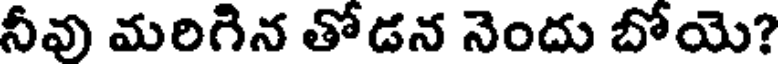
నీవు మరిగిన తోడన నెందు బోయె?